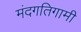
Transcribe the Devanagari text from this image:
मंदगतिगामी